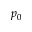
p _ { 0 }